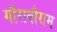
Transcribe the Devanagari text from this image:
गौराबौराम